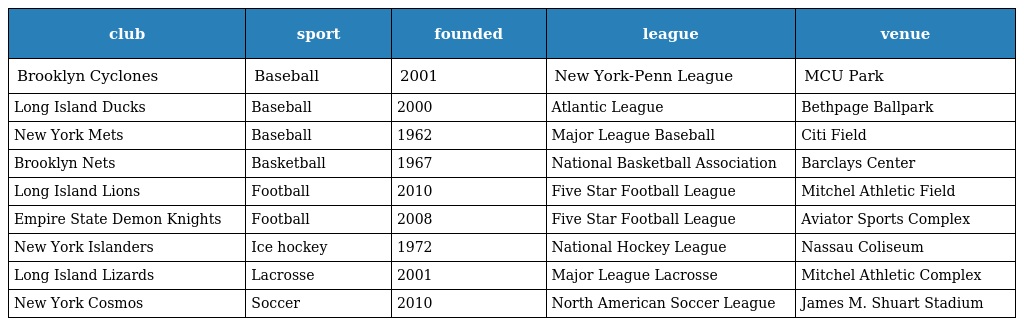
| club | sport | founded | league | venue |
 | --- | --- | --- | --- | --- |
 | Brooklyn Cyclones | Baseball | 2001 | New York-Penn League | MCU Park |
 | Long Island Ducks | Baseball | 2000 | Atlantic League | Bethpage Ballpark |
 | New York Mets | Baseball | 1962 | Major League Baseball | Citi Field |
 | Brooklyn Nets | Basketball | 1967 | National Basketball Association | Barclays Center |
 | Long Island Lions | Football | 2010 | Five Star Football League | Mitchel Athletic Field |
 | Empire State Demon Knights | Football | 2008 | Five Star Football League | Aviator Sports Complex |
 | New York Islanders | Ice hockey | 1972 | National Hockey League | Nassau Coliseum |
 | Long Island Lizards | Lacrosse | 2001 | Major League Lacrosse | Mitchel Athletic Complex |
 | New York Cosmos | Soccer | 2010 | North American Soccer League | James M. Shuart Stadium |